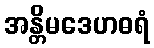
အန္တိမဒေဟဓရံ